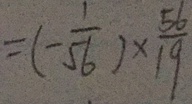
= ( - \frac { 1 } { 5 6 } ) \times \frac { 5 6 } { 1 9 }